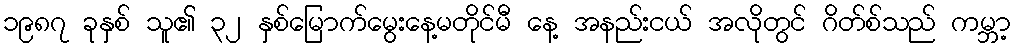
၁၉၈၇ ခုနှစ် သူ၏ ၃၂ နှစ်မြောက်မွေးနေ့မတိုင်မီ နေ့ အနည်းငယ် အလိုတွင် ဂိတ်စ်သည် ကမ္ဘာ့